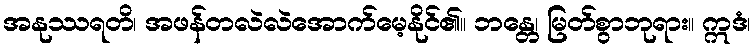
အနုဿရတိ၊ အဖန်တလဲလဲအောက်မေ့နိုင်၏။ ဘန္တေ၊ မြတ်စွာဘုရား။ ဣဒံ၊